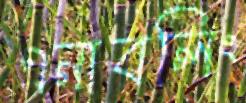
এনাবলিং